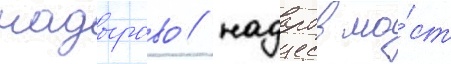
надырово / надыров мо́ст